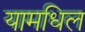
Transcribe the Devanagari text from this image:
यामधिल